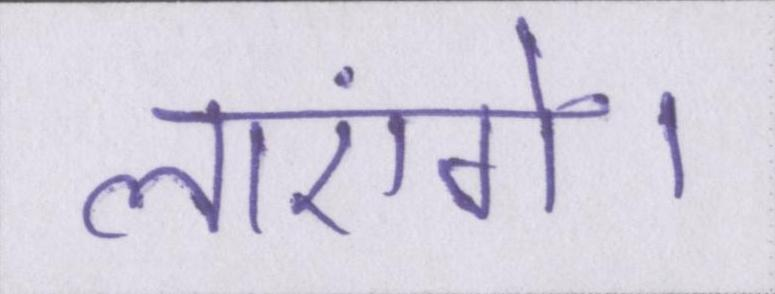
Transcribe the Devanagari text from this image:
लाएंगे।